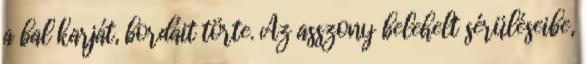
a bal karját, bordáit törte. Az asszony belehelt sérüléseibe,